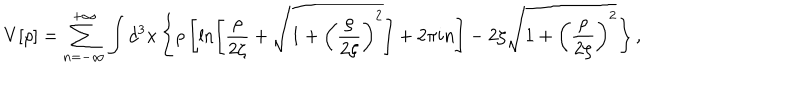
LaTeX: V [ \rho ] = \sum _ { n = - \infty } ^ { + \infty } \int d ^ { 3 } x \left\{ \rho \left[ \ln \left[ \frac { \rho } { 2 \zeta } + \sqrt { 1 + \left( \frac { \rho } { 2 \zeta } \right) ^ { 2 } } \right] + 2 \pi i n \right] - 2 \zeta \sqrt { 1 + \left( \frac { \rho } { 2 \zeta } \right) ^ { 2 } } \right\} ,